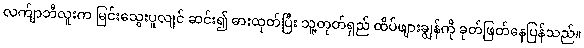
လက်ျာဘီလူးက မြင်းသွေးပူလျင် ဆင်း၍ ဓားထုတ်ပြီး သူ့တုတ်ရှည် ထိပ်ဖျားချွန်ကို ခုတ်ဖြတ်နေပြန်သည်။